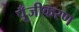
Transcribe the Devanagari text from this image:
पूँजीकरण